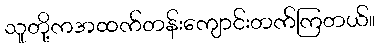
သူတို့ကအထက်တန်းကျောင်းတက်ကြတယ်။